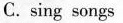
C. sing songs